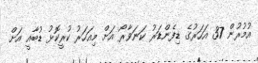
އުމުރުން 37 އަހަރުގެ ޑިފެންޑަރު ކަނަވާރޯ އަށް މިއަހަރު ކުރީކޮޅު ޑުބާއީ އަށް